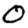
Digit: 0